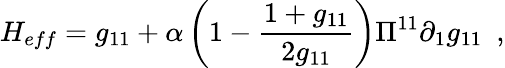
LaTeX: H_{eff}=g_{11}+\alpha\left(1-\frac{1+g_{11}}{2g_{11}}\right)\Pi^{11}\partial_{1}g_{11}\, \, \, ,